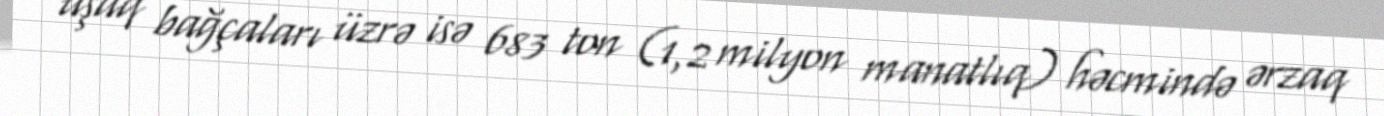
uşaq bağçaları üzrə isə 683 ton (1,2 milyon manatlıq) həcmində ərzaq